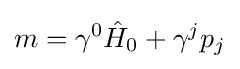
m=\gamma ^{0}{\hat {H}}_{0}+\gamma ^{j}p_{j}